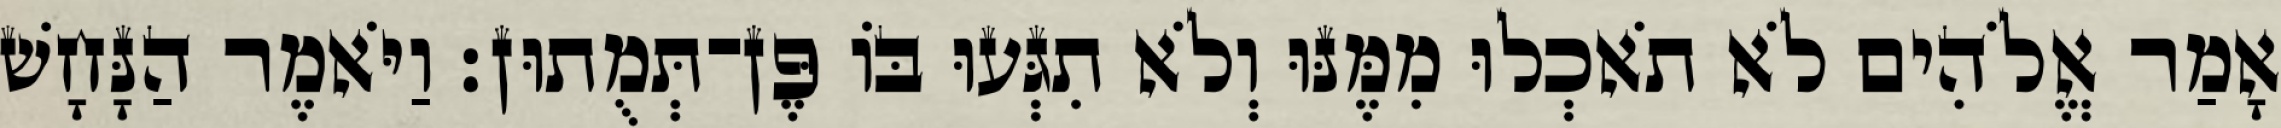
אָמַר אֱלֹהִים לֹא תֹאכְלוּ מִמֶּנּוּ וְלֹא תִגְּעוּ בֹּו פֶּן־תְּמֻתוּן׃ וַיֹּאמֶר הַנָּחָשׁ